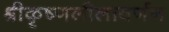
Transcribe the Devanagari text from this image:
श्रीकृष्णलीलावर्णन